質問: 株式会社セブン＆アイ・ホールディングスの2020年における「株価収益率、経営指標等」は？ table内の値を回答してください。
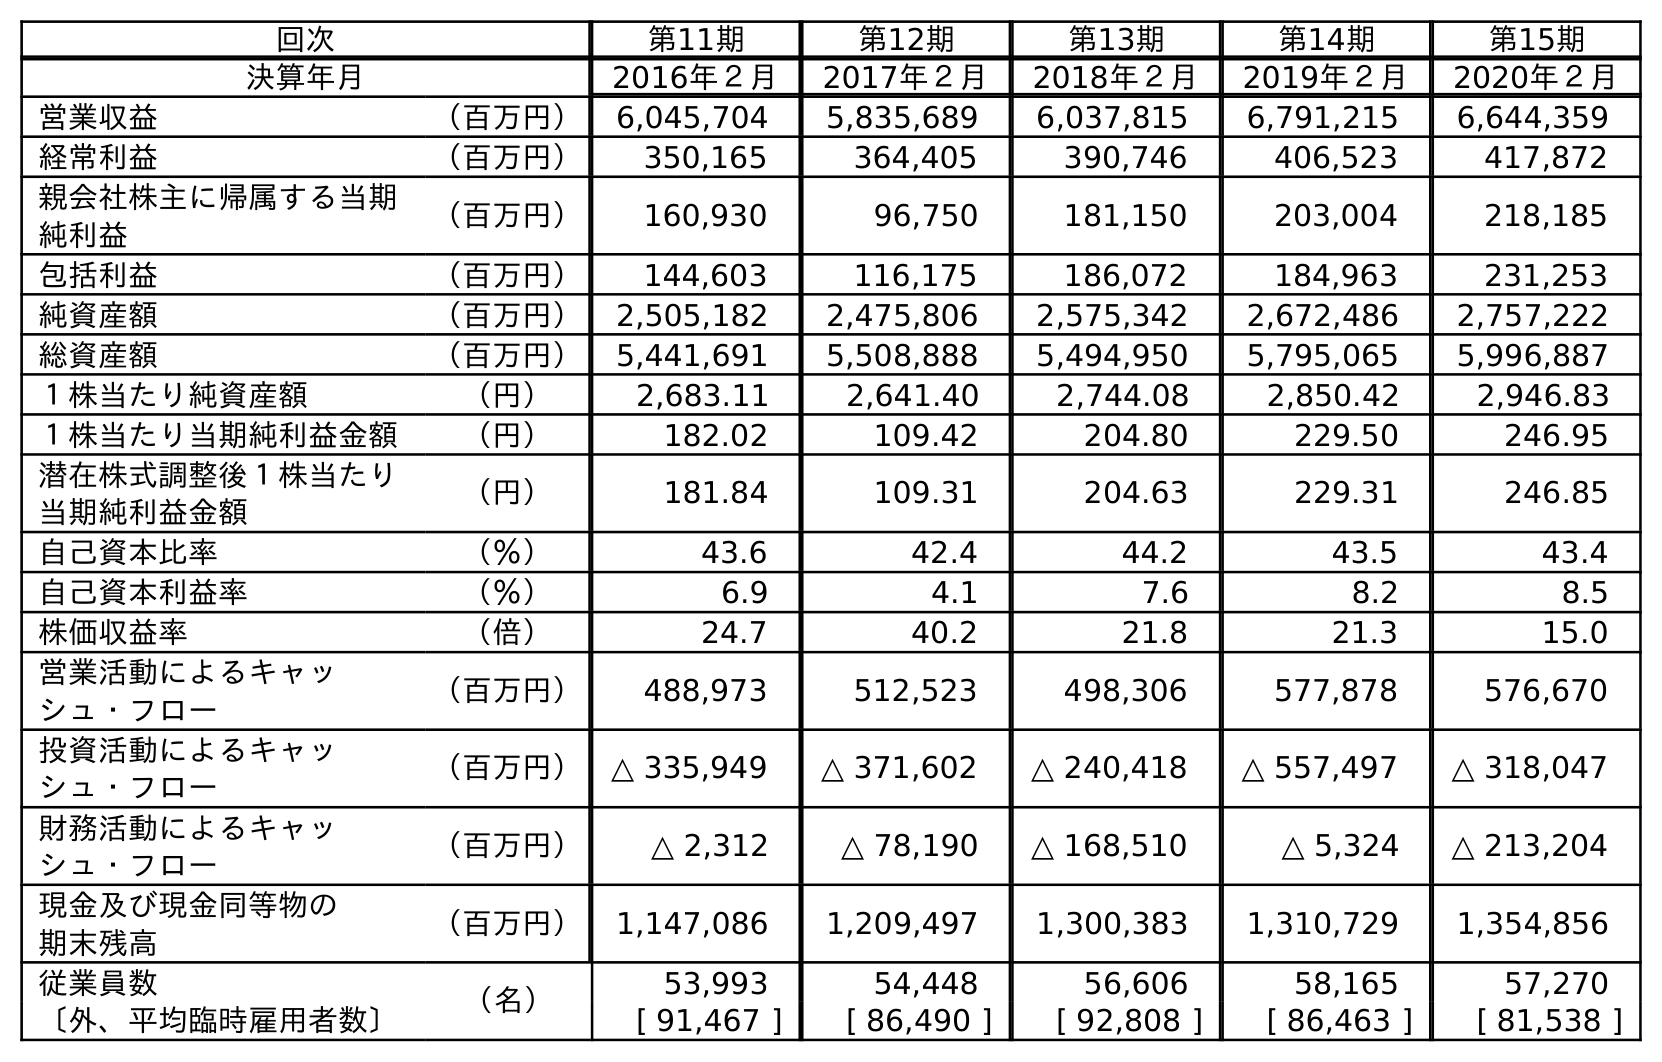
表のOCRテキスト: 回次 第11期 第12期 第13期 第14期 第15期 決算年月 2016年２月 2017年２月 2018年２月 2019年２月 2020年２月 営業収益 （百万円） 6,045,704 5,835,689 6,037,815 6,791,215 6,644,359 経常利益 （百万円） 350,165 364,405 390,746 406,523 417,872 親会社株主に帰属する当期 純利益 （百万円） 160,930 96,750 181,150 203,004 218,185 包括利益 （百万円） 144,603 116,175 186,072 184,963 231,253 純資産額 （百万円） 2,505,182 2,475,806 2,575,342 2,672,486 2,757,222 総資産額 （百万円） 5,441,691 5,508,888 5,494,950 5,795,065 5,996,887 １株当たり純資産額 （円） 2,683.11 2,641.40 2,744.08 2,850.42 2,946.83 １株当たり当期純利益金額 （円） 182.02 109.42 204.80 229.50 246.95 潜在株式調整後１株当たり 当期純利益金額 （円） 181.84 109.31 204.63 229.31 246.85 自己資本比率 （％） 43.6 42.4 44.2 43.5 43.4 自己資本利益率 （％） 6.9 4.1 7.6 8.2 8.5 株価収益率 （倍） 24.7 40.2 21.8 21.3 15.0 営業活動によるキャッ シュ・フロー （百万円） 488,973 512,523 498,306 577,878 576,670 投資活動によるキャッ シュ・フロー （百万円） △ 335,949 △ 371,602 △ 240,418 △ 557,497 △ 318,047 財務活動によるキャッ シュ・フロー （百万円） △ 2,312 △ 78,190 △ 168,510 △ 5,324 △ 213,204 現金及び現金同等物の 期末残高 （百万円） 1,147,086 1,209,497 1,300,383 1,310,729 1,354,856 従業員数 （名） 53,993 54,448 56,606 58,165 57,270 〔外、平均臨時雇用者数〕 [ 91,467 ] [ 86,490 ] [ 92,808 ] [ 86,463 ] [ 81,538 ]
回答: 15.0